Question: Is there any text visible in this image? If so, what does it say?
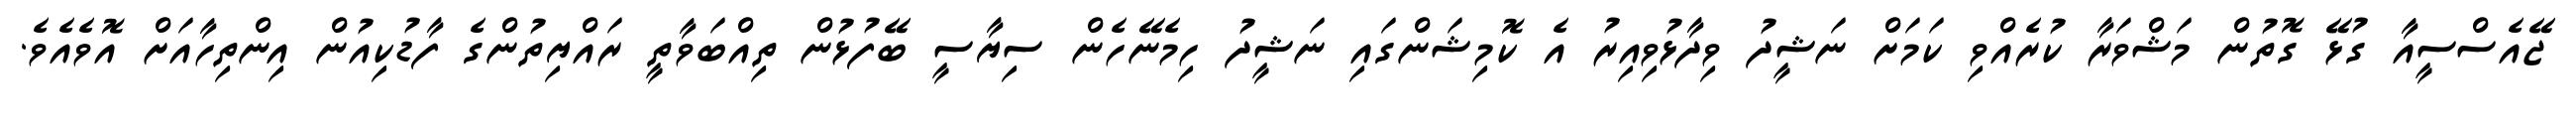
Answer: ޖޭއެސްސީއާ ގުޅޭ ގޮތުން މަޝްވަރާ ކުރެއްވި ކަމަށް ނަޝީދު ވިދާޅުވިއިރު އެ ކޮމިޝަންގައި ނަޝީދު ހިމެނޭހެން ސިޔާސީ ބޭފުޅުން ތިއްބަވާތީ ރައްޔިތުންގެ ފާޑުކިއުން އިންތިހާއަށް އޮވެއެވެ.